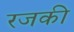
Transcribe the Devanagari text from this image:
रजकी